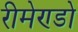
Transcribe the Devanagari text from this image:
रीमेण्डो